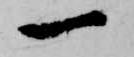
一